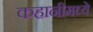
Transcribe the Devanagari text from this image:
कहानीमध्ये